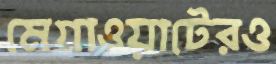
মেগাওয়াটেরও